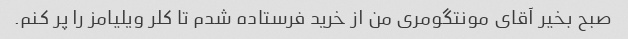
صبح بخیر آقای مونتگومری من از خرید فرستاده شدم تا کلر ویلیامز را پر کنم.